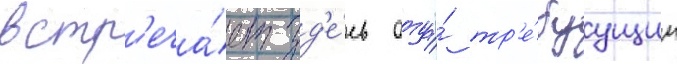
встр'еча́ет зд'е́сь отца́ тр'е́буущим